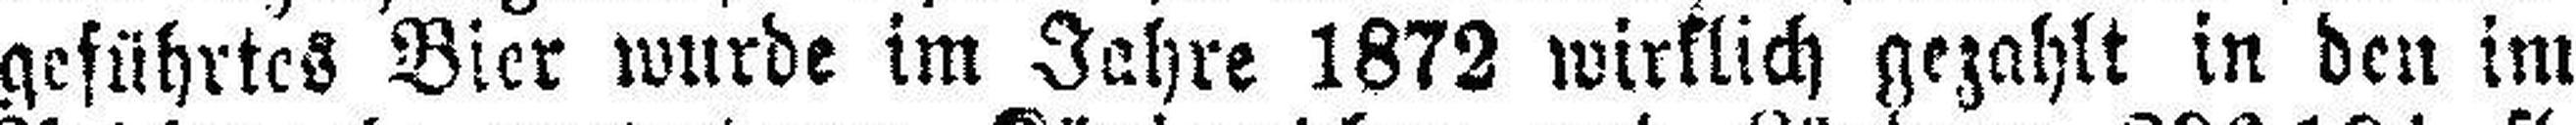
geführtes Bier wurde im Jahre 1872 wirklich gezahlt in den im